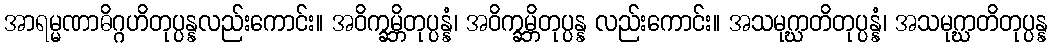
အာရမ္မဏာဓိဂ္ဂဟိတုပ္ပန္နလည်းကောင်း။ အဝိက္ခမ္ဘိတုပ္ပန္နံ၊ အဝိက္ခမ္ဘိတုပ္ပန္န လည်းကောင်း။ အသမုဂ္ဃာတိတုပ္ပန္နံ၊ အသမုဂ္ဃာတိတုပ္ပန္န